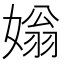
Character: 𡟸